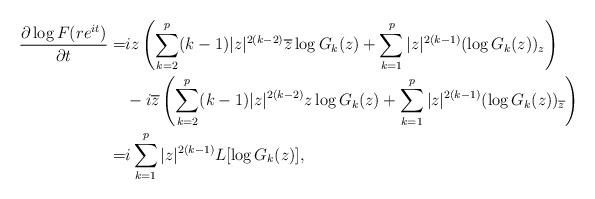
LaTeX: \begin{align*}\frac{\partial \log F(re^{it})}{\partial t}=&iz\left(\sum_{k=2}^{p}(k-1)|z|^{2(k-2)}\overline{z}\log G_{k}(z)+\sum_{k=1}^{p}|z|^{2(k-1)}(\log G_{k}(z))_{z}\right) \\&-i\overline{z}\left(\sum_{k=2}^{p}(k-1)|z|^{2(k-2)}z\log G_{k}(z)+\sum_{k=1}^{p}|z|^{2(k-1)}(\log G_{k}(z))_{\overline{z}}\right) \\=&i\sum_{k=1}^{p}|z|^{2(k-1)}L[\log G_{k}(z)],\end{align*}